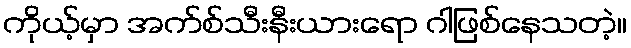
ကိုယ့်မှာ အက်စ်သီးနီးယားရော ဂါဖြစ်နေသတဲ့။